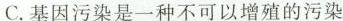
C. 基因污染是一种不可以增殖的污染